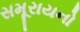
સમૂરાયનો